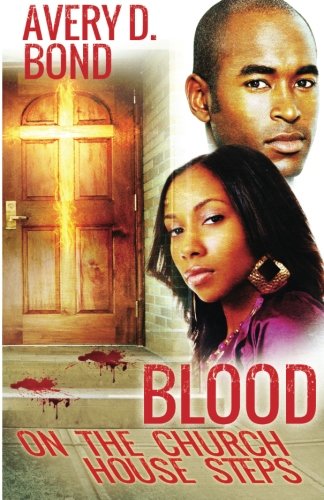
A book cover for Blood on the church house steps; Avery Bond; Literature & Fiction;